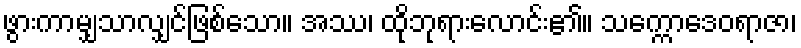
ဖွားကာမျှသာလျှင်ဖြစ်သော။ အဿ၊ ထိုဘုရားလောင်း၏။ သက္ကောဒေဝရာဇာ၊